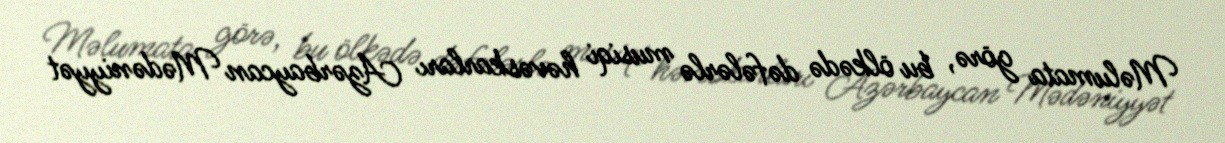
Məlumata görə, bu ölkədə dəfələrlə musiqi həvəskarları Azərbaycan Mədəniyyət